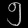
Digit: ၅